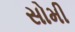
સોમી